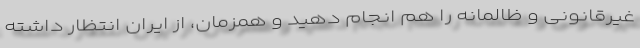
غیرقانونی و ظالمانه را هم انجام دهید و همزمان، از ایران انتظار داشته